Standardisation of Calmette's anti-venomous serum with pure cobra venom - Number 1
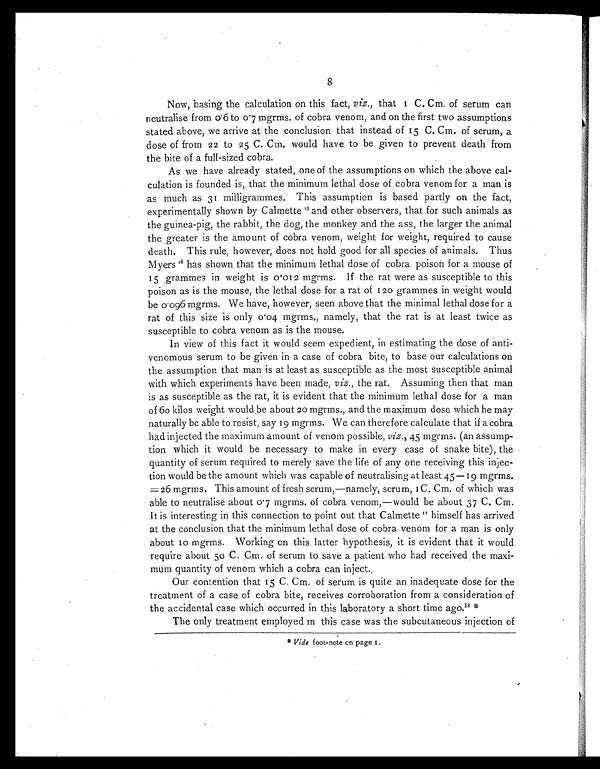
8
Now, basing the calculation on this fact, viz., that 1 C. Cm
.
of
serum
can
neutralise from 0·6 to 0·7 mgrms. of cobra venom, and on the first two assumptions
stated above, we arrive at the conclusion that instead of 15 C. Cm. of serum, a
dose of from 22 to 25 C. Cm. would have to be given to prevent death from
the bite of a full-sized cobra.
As we have already stated, one of the assumptions on which the above cal-
culation is founded is, that the minimum lethal dose of cobra venom for a man is
as much as 31 milligrammes. This assumption is based partly on the fact,
experimentally shown by Calmette 15 and other observers, that for such animals as
the guinea-pig, the rabbit, the dog, the monkey and the ass, the larger the animal
the greater is the amount of cobra venom, weight for weight, required to cause
death. This rule, however, does not hold good for all species of animals. Thus
Myers16 has shown that the minimum lethal dose of cobra poison for a mouse of
15 grammes in weight is 0•012 mgrms. If the rat were as susceptible to this
poison as is the mouse, the lethal dose for a rat of 120 grammes in weight would
be 0 • 096 mgrms. We have, however, seen above that the minimal lethal dose for a
rat of this size is only 0.04 mgrms., namely, that the rat is at least twice as
susceptible to cobra venom as is the mouse.
In view of this fact it would seem expedient, in estimating the dose of anti-
venomous serum to be given in a case of cobra bite, to base our calculations on
the assumption that man is at least as susceptible as the most susceptible animal
with which experiments have been made, viz., the rat. Assuming then that man
is as susceptible as the rat, it is evident that the minimum lethal dose for a man
of 60 kilos weight would be about 20 mgrms., and the maximum dose which he may
naturally be able to resist, say 19 mgrms. We can therefore calculate that if a cobra
had injected the maximum amount of venom possible, viz., 45 mgrms. (an assump- -
tion which it would be necessary to make in every case of snake bite), the
quantity of serum required to merely save the life of any one receiving this injec- -
tion would be the amount which was capable of neutralising at least 45–19 mgrms.
=26 mgrms. This amount of fresh serum,—namely, serum, 1C. Cm. of which was
able to neutralise about 0·7 mgrms. of cobra venom,—would be about 37 C. Cm.
It is interesting in this connection to point out that Calmette 17 himself has arrived
at the conclusion that the minimum lethal dose of cobra venom for a man is only
about 10 mgrms. Working on this latter hypothesis, it is evident that it would
require about 50 C. Cm. of serum to save a patient who had received the maxi-
mum quantity of venom which a cobra can inject.
Our contention that 15 C. Cm. of serum is quite an inadequate dose for the
treatment of a case of cobra bite, receives corroboration from a consideration of
the accidental case which occurred in this laboratory a short time ago. 1 8
*
The only treatment employed in this case was the subcutaneous injection of
* Vide foot-note on page 1.